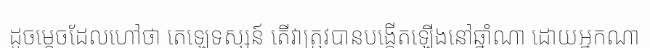
ដូចម្តេចដែលហៅថា តេឡេទស្សន៍ តើវាត្រុវបានបង្កើតឡើងនៅឆ្នាំណា ដោយអ្នកណា